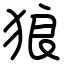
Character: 狼